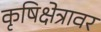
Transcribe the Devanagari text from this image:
कृषिक्षेत्रावर